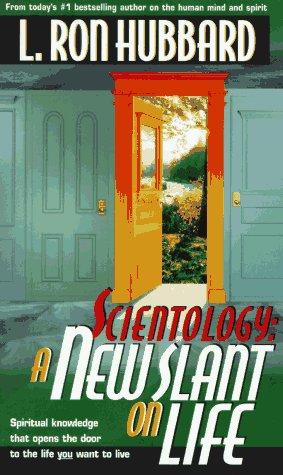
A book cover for Scientology: A New Slant On Life; L. Ron Hubbard; Religion & Spirituality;